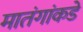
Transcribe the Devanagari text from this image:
मातंगांकडे